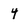
Character: 4